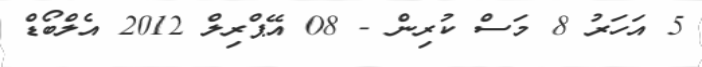
5 އަހަރު 8 މަސް ކުރިން - 08 އޭޕްރިލް 2012 އެލްބޯޑް